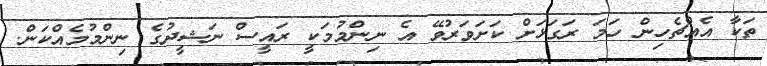
ތަކާ އެއްޗެހިން ހަމަ ރަގަޅަށް ކަށަވަރުވޭ އެ ނިންމުމަކީ ރައީސް ނަޝީދުގެ ނިންމުމެއްކަން.